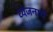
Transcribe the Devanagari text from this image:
व्यंजनाचे